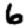
Digit: 6